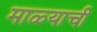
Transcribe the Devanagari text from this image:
माळ्याची